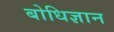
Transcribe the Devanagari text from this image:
बोधिज्ञान